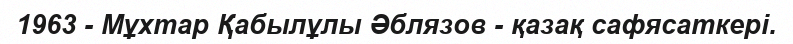
1963 - Мұхтар Қабылұлы Әблязов - қазақ сафясаткері.